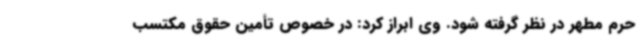
حرم مطهر در نظر گرفته شود. وی ابراز کرد: در خصوص تأمین حقوق مکتسب